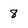
Character: 8